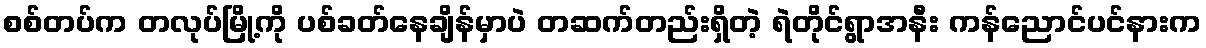
စစ်တပ်က တလုပ်မြို့ကို ပစ်ခတ်နေချိန်မှာပဲ တဆက်တည်းရှိတဲ့ ရဲတိုင်ရွာအနီး ကန်ညောင်ပင်နားက